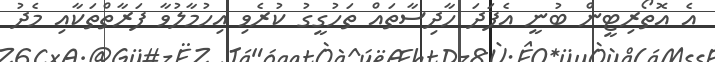
އެ އޮތޯރިޓީން ބުނީ އެފަދަ ހާދިސާތައް ތަހުގީގު ކުރެވި އިހުމާލުވާ ފަރާތްތަކާއި މެދު